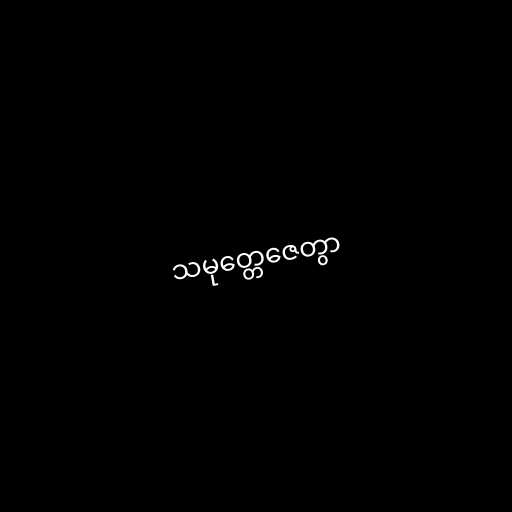
သမုတ္တေဇေတွာ